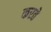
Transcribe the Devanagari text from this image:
करते